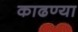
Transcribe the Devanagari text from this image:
काढण्या